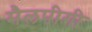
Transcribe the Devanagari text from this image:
मैलपीगी